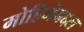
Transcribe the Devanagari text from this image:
मोहिमेबद्दल